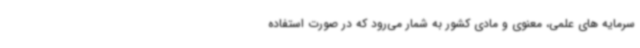
سرمایه های علمی، معنوی و مادی کشور به شمار می‌رود که در صورت استفاده